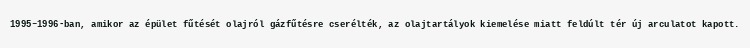
1995–1996-ban, amikor az épület fűtését olajról gázfűtésre cserélték, az olajtartályok kiemelése miatt feldúlt tér új arculatot kapott.